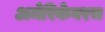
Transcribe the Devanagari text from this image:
अमेरिकेवरच